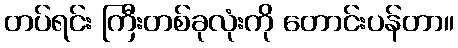
တပ်ရင်း ကြီးတစ်ခုလုံးကို တောင်းပန်တာ။